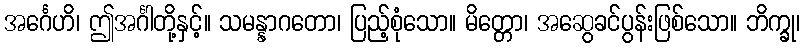
အင်္ဂေဟိ၊ ဤအင်္ဂါတို့နှင့်။ သမန္နာဂတော၊ ပြည့်စုံသော။ မိတ္တော၊ အဆွေခင်ပွန်းဖြစ်သော။ ဘိက္ခု၊